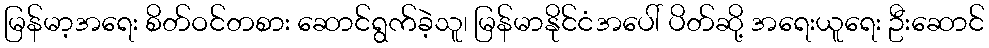
မြန်မာ့အရေး စိတ်ဝင်တစား ဆောင်ရွက်ခဲ့သူ၊ မြန်မာနိုင်ငံအပေါ် ပိတ်ဆို့ အရေးယူရေး ဦးဆောင်